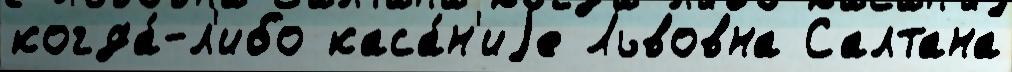
когда́-л'ибо каса́н'иjе Львовна Салтана